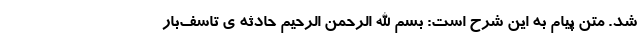
شد. متن پیام به این شرح است: بسم الله الرحمن الرحیم حادثه ی تاسف‌بار